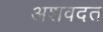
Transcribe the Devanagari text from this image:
अशवदत